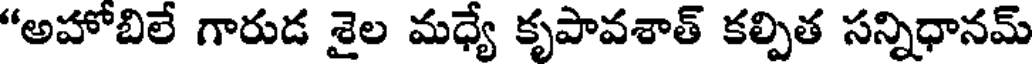
"అహోబిలే గారుడ శైల మధ్యే కృపావశాత్ కల్పిత సన్నిధానమ్